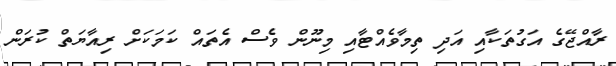
ރާއްޖޭގެ އަގުތަކާއި އަދި ތިމާވެއްޓާއި މިނޫން ވެސް އެތައް ކަމަކަށް ރިއާޔަތް ކުރަން